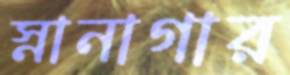
স্নানাগার